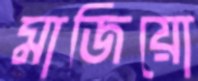
মাজিয়ো